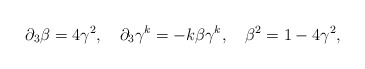
\begin{align*}{\partial}_{3} \beta = 4 {\gamma}^{2}, ~~~ {\partial}_{3} {\gamma}^{k}= -k\beta{\gamma}^{k},~~~ {\beta}^{2}=1-4{\gamma}^{2},\end{align*}